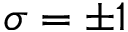
\sigma = \pm 1